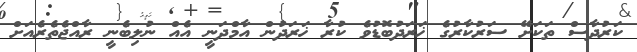
ކަރުދާސް ތަކަށޭ ސަރުކާރުގެ ޚަރަދުބޮޑުވެ ކުރާ ޚަރަދުން އާމްދަނީ އެއް ނުލިބެނީ ރާއްޖެތެރެއަށް